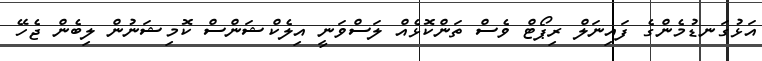
އަޅުގަނޑުމެންގެ ފައިނަލް ރިޕޯޓް ވެސް ތަންކޮޅެއް ލަސްވަނީ އިލެކްޝަންސް ކޮމިޝަނުން ލިބެން ޖެހޭ